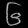
Digit: ၆